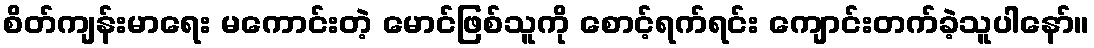
စိတ်ကျန်းမာရေး မကောင်းတဲ့ မောင်ဖြစ်သူကို စောင့်ရက်ရင်း ကျောင်းတက်ခဲ့သူပါနော်။